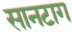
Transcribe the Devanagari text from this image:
सानटाग